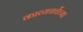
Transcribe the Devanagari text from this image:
काव्यचर्चेच्या